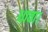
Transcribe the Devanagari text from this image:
धावा।